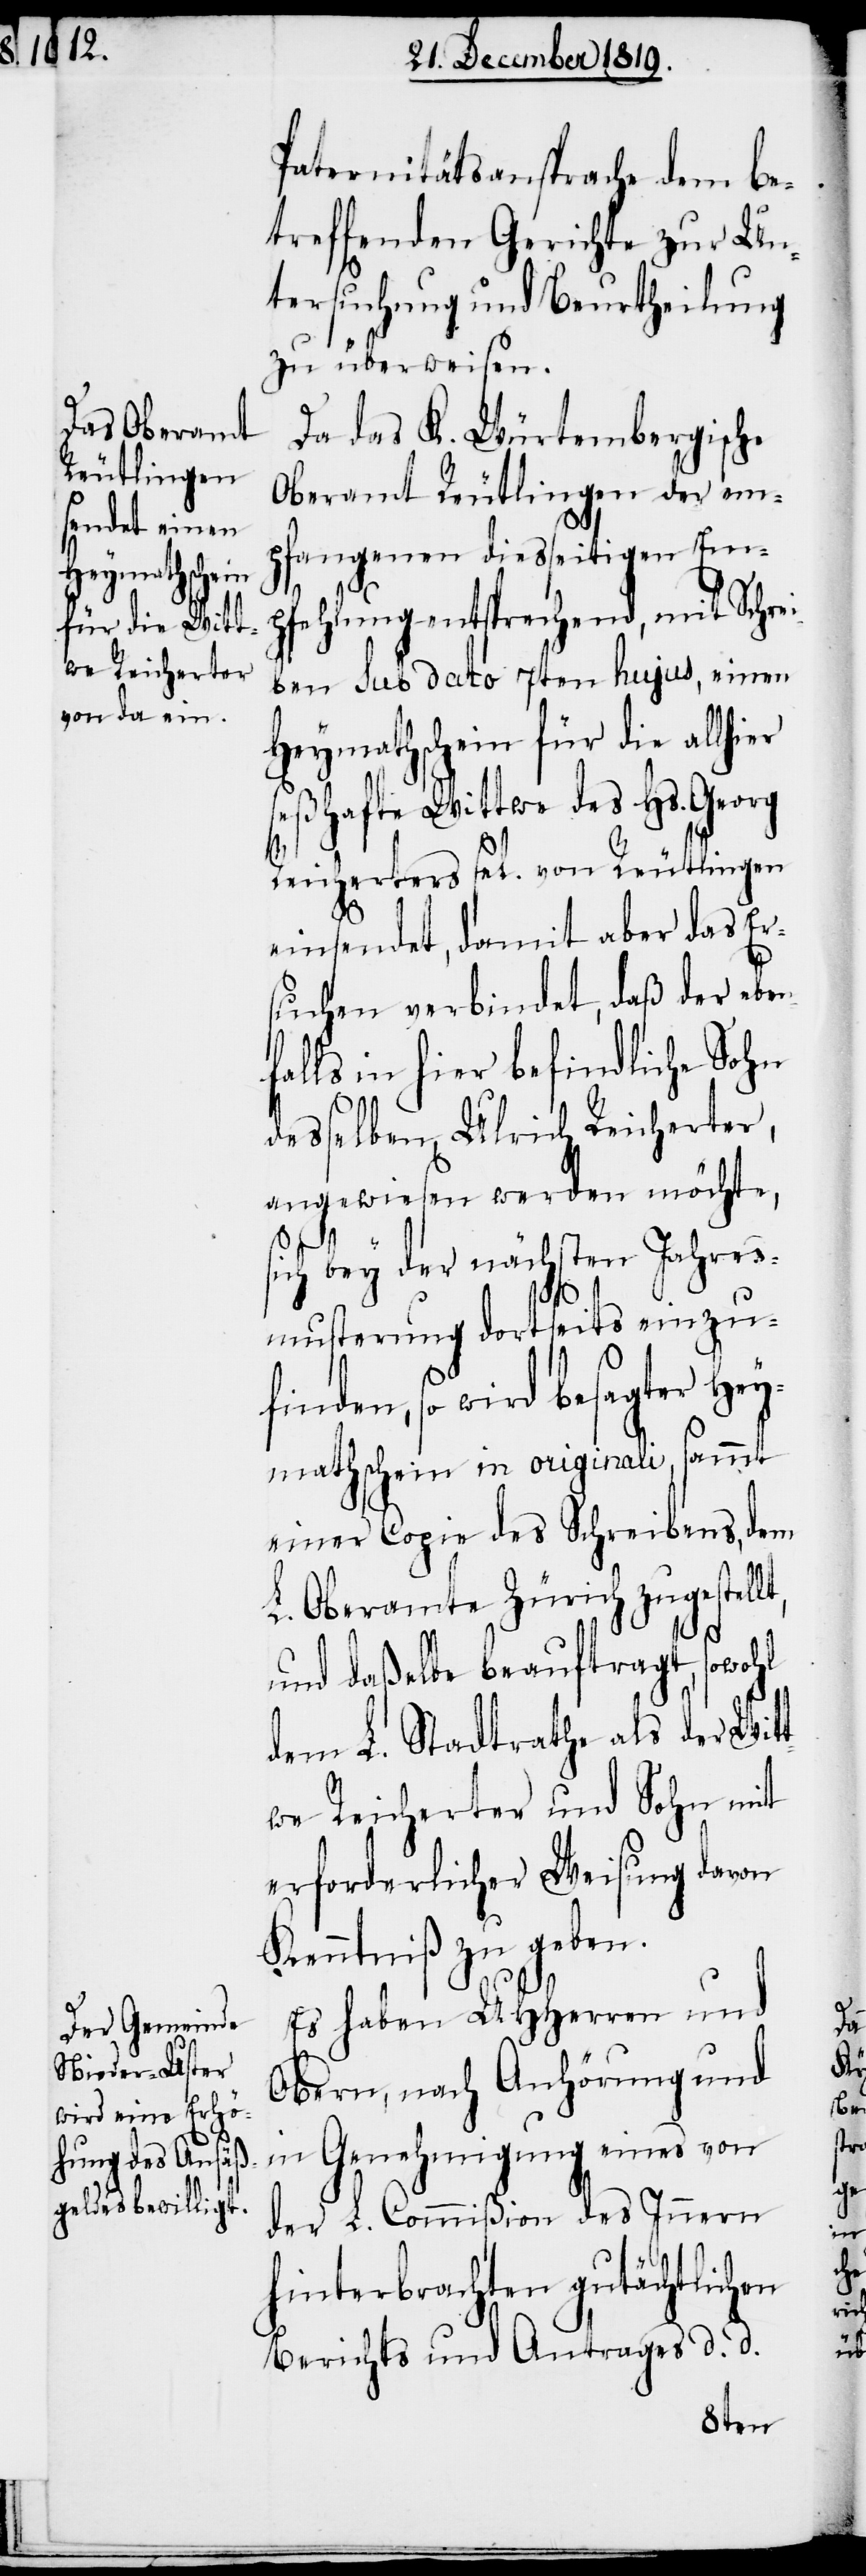
Paternitätsansprache dem be¬
treffenden Gerichte zur Un¬
tersuchung und Beurtheilung
zu überweisen.
Da das K. Würtembergische
Oberamt Reutlingen der em¬
pfangenen diesseitigen Em¬
pfehlung entsprechend, mit Schrei¬
ben sub dato 7ten hujus, einen
Heymathschein für die allhi¬
seßhafte Wittwe des Hs. Georg
lt,
Reicherters sel. von Reutlingen
einsendet, damit aber das Er¬
suchen verbindet, daß der eben¬
falls in hier befindliche Sohn
desselben, Ulrich Reicherter,
angewiesen werden möchte,
sich bey der nächsten Jahres¬
musterung dortseits einzu¬
finden, so wird besager Hey¬
mathschein in originali, sammt
einer Copie des Schreibens, dem
L. Oberamte Zürich zugestel¬
und daßelbe beauftragt, sowohl
dem L. Stadtrathe als der Wit¬
twe Reicherter und Sohn mit
erforderlicher Weisung davon
Kenntniß zu geben.
Es haben UHHerren und
Obern, nach Anhörung und
in Genehmigung eines von
der L. Commißion des Innern
hinterbrachten gutächtlichen
Berichts und Antrages d. d.